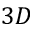
3 D